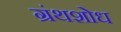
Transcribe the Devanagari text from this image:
ग्रंथशोध